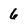
Character: 6